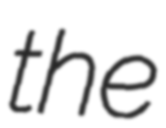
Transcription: the